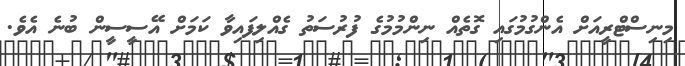
މިނިސްޓްރީއަށް އެންގުމުގައި ގޮތެއް ނިންމުމުގެ ފުރުސަތު ގެއްލިފައިވާ ކަމަށް އޭސީސީން ބުނެ އެވެ.